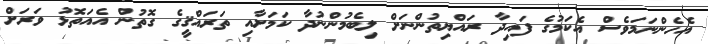
އެހެންނަމަވެސް އެކަމުގެ ފައިދާ ރައްޔިތުންނަށް ލިބެމުންނުދާ ކަމަށާއި ތަރައްޤީގެ ގޮތުން އެއަތޮޅު ވަރަށް